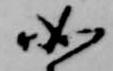
如